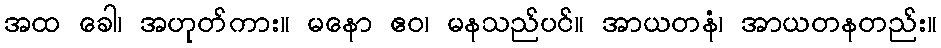
အထ ခေါ၊ အဟုတ်ကား။ မနော ဧဝ၊ မနသည်ပင်။ အာယတနံ၊ အာယတနတည်း။